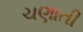
ચણાતી